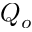
Q _ { o }